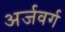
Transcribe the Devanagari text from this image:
अर्जवर्ग